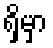
ရှိမှာ